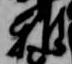
雅